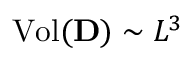
\mathrm { V o l } ( \mathbf { D } ) \sim { L } ^ { 3 }